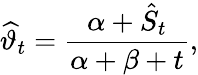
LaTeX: \widehat{\vartheta}_{t}=\frac{\alpha+\hat{S}_{t}}{\alpha+\beta+t},